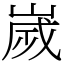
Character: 嵗